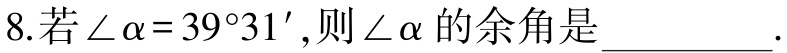
8.若$\angle\alpha = 39^{\circ}31'$,则$\angle\alpha$的余角是__________.